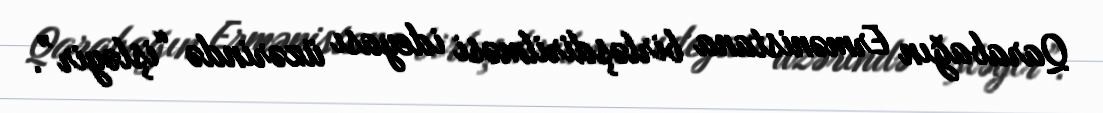
Qarabağın Ermənistana birləşdirilməsi ideyası üzərində “işləyir”.